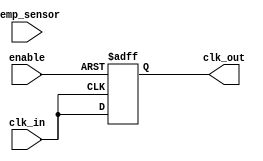
module TempCompensatedClockBuffer (
    input wire clk_in,               // Input clock
    input wire [7:0] temp_sensor,    // Temperature sensor input
    input wire enable,                // Enable signal for the clock buffer
    output reg clk_out               // Output clock
);

    // Parameters for temperature compensation
    parameter TEMP_THRESHOLD = 8'd50;   // Example threshold for temperature
    parameter DELAY_ADJUSTMENT = 2;      // Example adjustment value for delay
    reg [3:0] delay_count;                // Delay counter for clock adjustment
    
    // Clock Buffering Logic
    always @(posedge clk_in or negedge enable) begin
        if (!enable) begin
            clk_out <= 1'b0; // Disable output clock when not enabled
        end else begin
            // Temperature compensation logic
            if (temp_sensor < TEMP_THRESHOLD) begin
                // Adjust delay for low temperature
                delay_count <= DELAY_ADJUSTMENT; // Example adjustment
            end else begin
                // Normal operation
                delay_count <= 4'd0;
            end

            // Clock output with delay adjustment
            if (delay_count > 0) begin
                clk_out <= #1 clk_in; // Simple delay implementation
                delay_count <= delay_count - 1;
            end else begin
                clk_out <= clk_in; // Directly pass the input clock
            end
        end
    end

endmodule